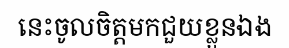
នេះចូលចិត្តមកជួយខ្លួនឯង